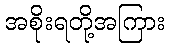
အစိုးရတို့အကြား